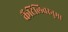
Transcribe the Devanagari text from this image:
कैंटिलिवरनुमा